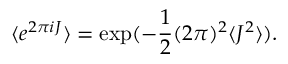
\langle e ^ { 2 \pi i J } \rangle = \exp ( - \frac { 1 } { 2 } ( 2 \pi ) ^ { 2 } \langle J ^ { 2 } \rangle ) .